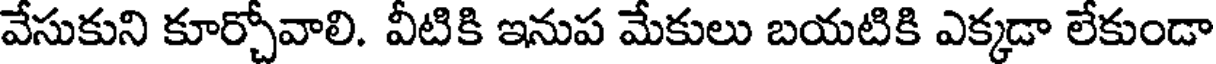
వేసుకుని కూర్చోవాలి. వీటికి ఇనుప మేకులు బయటికి ఎక్కడా లేకుండా